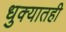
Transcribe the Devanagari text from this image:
धुक्यातही